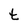
Character: t